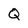
Character: Q